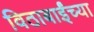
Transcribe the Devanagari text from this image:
विठाबाईंच्या